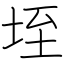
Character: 垤